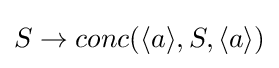
S\to conc(\langle a\rangle ,S,\langle a\rangle )